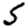
Digit: 5